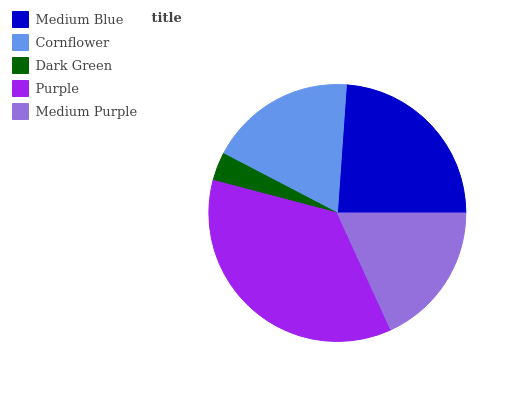
| Medium Blue | Cornflower | Dark Green | Purple | Medium Purple |
 | --- | --- | --- | --- | --- |
 | 23.9% | 18.5% | 3.56% | 36% | 18.1% |